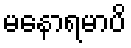
မနောရမာပိ